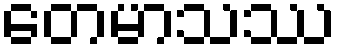
တေမာသဿ